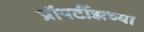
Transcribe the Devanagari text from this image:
प्रॉपर्टीझच्या